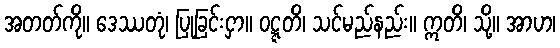
အတတ်ကို။ ဒေဿတုံ၊ ပြုခြင်းငှာ။ ဝဋ္ဋတိ၊ သင်မည်နည်း။ ဣတိ၊ သို့။ အာဟ၊